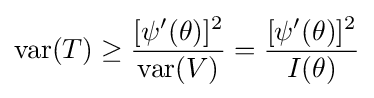
\operatorname {var} (T)\geq {\frac {[\psi ^{\prime }(\theta )]^{2}}{\operatorname {var} (V)}}={\frac {[\psi ^{\prime }(\theta )]^{2}}{I(\theta )}}